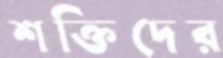
শক্তিদের